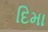
દિમા